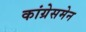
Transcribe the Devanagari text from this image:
कांग्रेसमेन